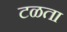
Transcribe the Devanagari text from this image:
टळता